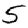
Digit: 5